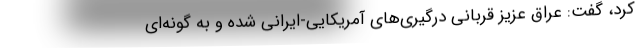
کرد، گفت: عراق عزیز قربانی درگیری‌های آمریکایی-ایرانی شده و به گونه‌ای